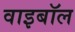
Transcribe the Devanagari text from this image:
वाइबॉल